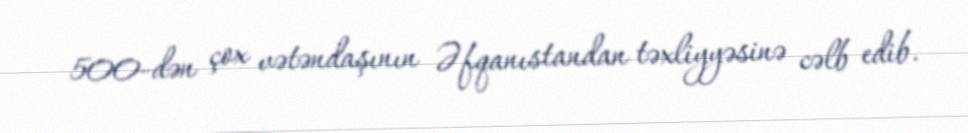
500-dən çox vətəndaşının Əfqanıstandan təxliyyəsinə cəlb edib.